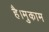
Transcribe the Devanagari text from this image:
है।मुकाम